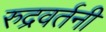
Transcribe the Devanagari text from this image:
रुद्रवर्तनी